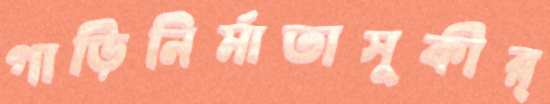
গাড়িনির্মাতাসুকীর্